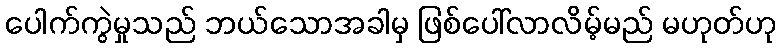
ပေါက်ကွဲမှုသည် ဘယ်သောအခါမှ ဖြစ်ပေါ်လာလိမ့်မည် မဟုတ်ဟု